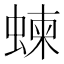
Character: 𧍴